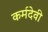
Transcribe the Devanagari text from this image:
कर्मदेवी